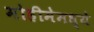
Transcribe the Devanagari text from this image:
मोहीमेमध्ये